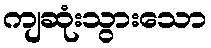
ကျဆုံးသွားသော